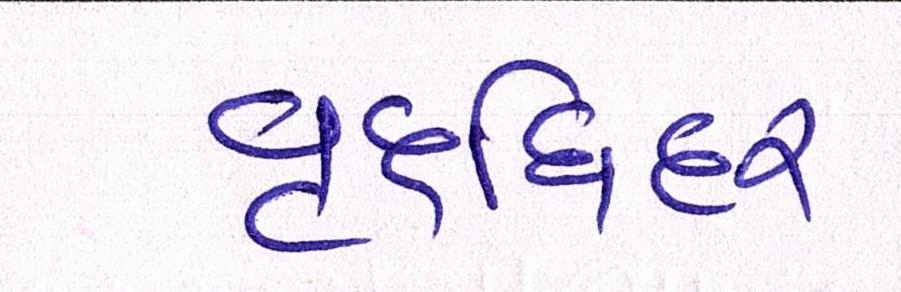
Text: વૃદ્ધિદર